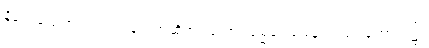
နိရောဓသမာပါတ်ဝ်ပြခြင်းဟုဆိုအပ်သော။ ဓမ္မဒေသနေ၊ တရားဟောရာ၌။